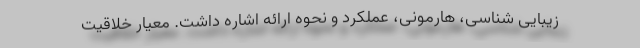
زیبایی شناسی، هارمونی، عملکرد و نحوه ارائه اشاره داشت. معیار خلاقیت